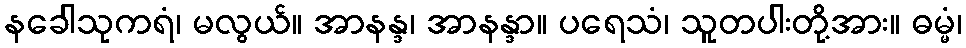
နခေါသုကရံ၊ မလွယ်။ အာနန္ဒ၊ အာနန္ဒာ။ ပရေသံ၊ သူတပါးတို့အား။ ဓမ္မံ၊